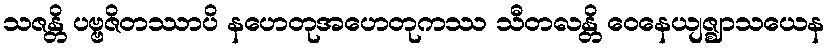
သဇန္တိ ပဗ္ဗဇိတဿာပိ နဟေတုအဟေတုကဿ သီတလန္တိ ဝေနေယျဇ္ဈာသယေန